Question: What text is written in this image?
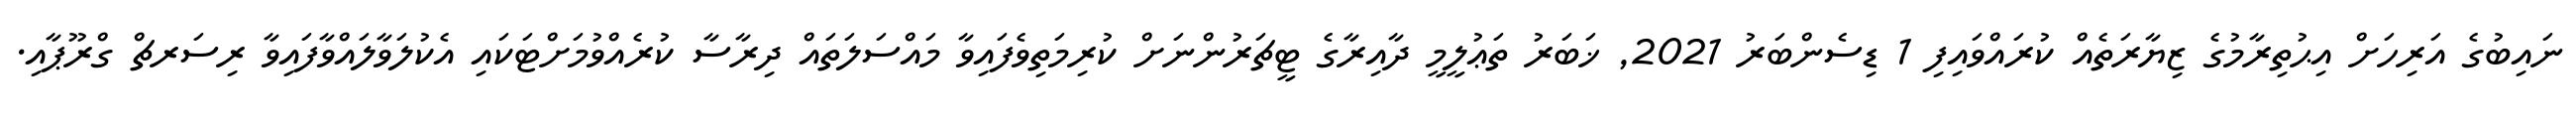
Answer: ނައިބުގެ އަރިހަށް އިޙުތިރާމުގެ ޒިޔާރަތެއް ކުރައްވައިފި 1 ޑިސެންބަރު 2021, ޚަބަރު ތަޢުލީމީ ދާއިރާގެ ޓީޗަރުންނަށް ކުރިމަތިވެފައިވާ މައްސަލަތައް ދިރާސާ ކުރެއްވުމަށްޓަކައި އެކުލަވާލައްވާފައިވާ ރިސަރޗް ގްރޫޕާއި.